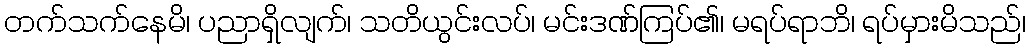
တက်သက်နေမိ၊ ပညာရှိလျက်၊ သတိယွင်းလပ်၊ မင်းဒဏ်ကြပ်၏၊ မရပ်ရာဘိ၊ ရပ်မှားမိသည်၊